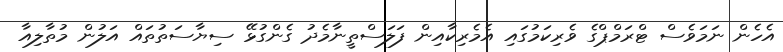
އެހެން ނަމަވެސް ޓްރަމްޕްގެ ވެރިކަމުގައި އެމެރިކާއިން ފަލަސްތީނާމެދު ގެންގުޅޭ ސިޔާސަތުތައް އަލުން މުތާލިއާ